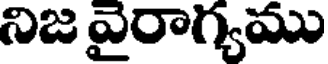
నిజ వైరాగ్యము